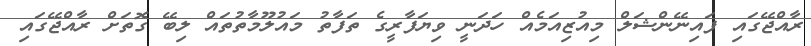
ރާއްޖޭގައި ފައިނޭންޝަލް މިއުޒިއަމެއް ހަދަނީ ވިޔަފާރީގެ ތަފާތު މައުލޫމާތުތައް ލިބޭ ގޮތަށް ރާއްޖޭގައި